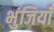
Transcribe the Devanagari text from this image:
भुंजियाँ